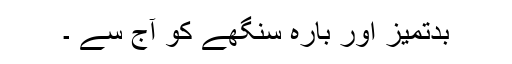
بدتمیز اور بارہ سنگھے کو آج سے ۔